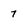
Character: 7